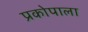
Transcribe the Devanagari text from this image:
प्रकोपाला